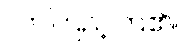
လာကြည့်ကြ၏။